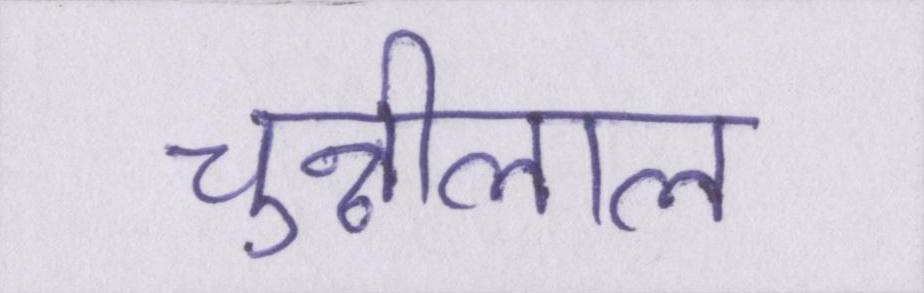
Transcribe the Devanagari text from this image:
चुन्नीलाल